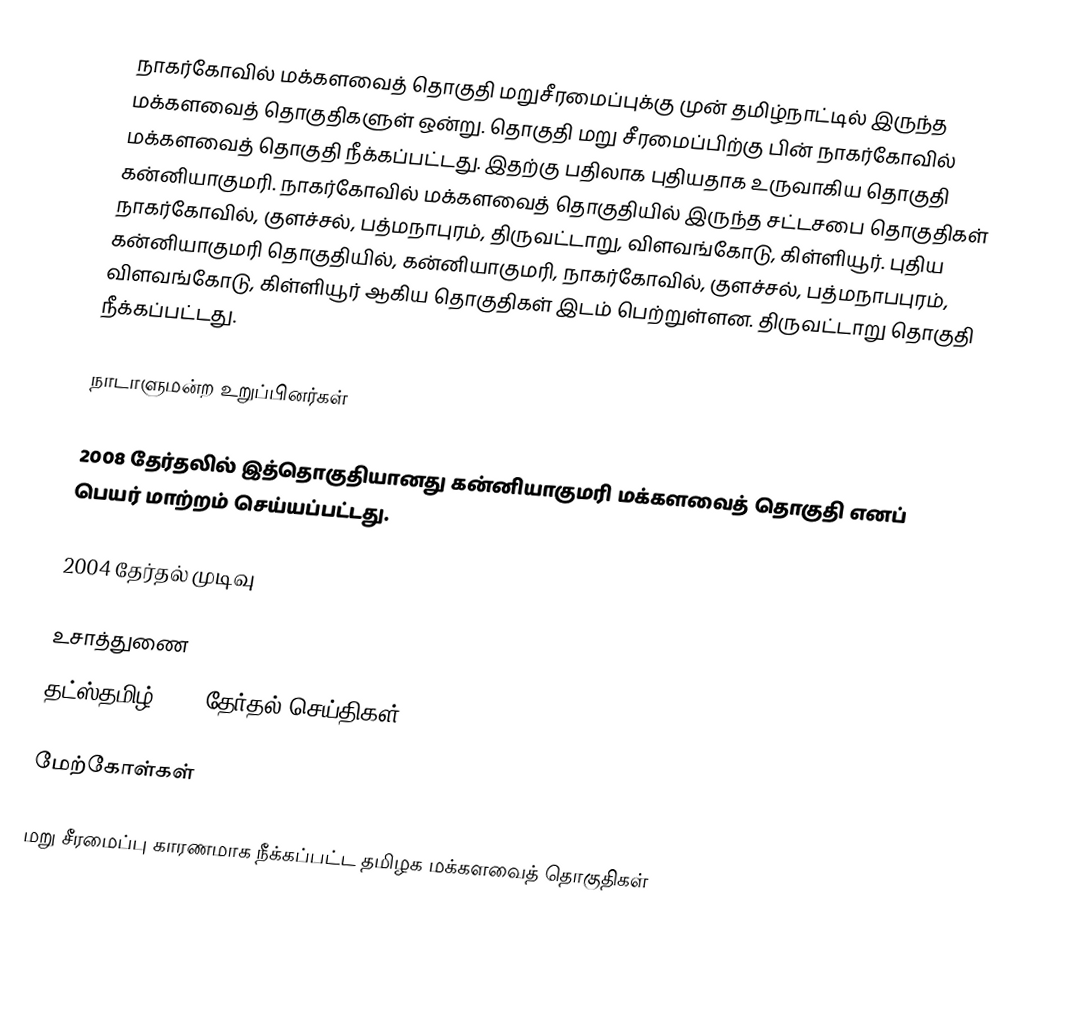
நாகர்கோவில் மக்களவைத் தொகுதி மறுசீரமைப்புக்கு முன் தமிழ்நாட்டில் இருந்த மக்களவைத் தொகுதிகளுள் ஒன்று. தொகுதி மறு சீரமைப்பிற்கு பின் நாகர்கோவில் மக்களவைத் தொகுதி நீக்கப்பட்டது. இதற்கு பதிலாக புதியதாக உருவாகிய தொகுதி கன்னியாகுமரி. நாகர்கோவில் மக்களவைத் தொகுதியில் இருந்த சட்டசபை தொகுதிகள் நாகர்கோவில், குளச்சல், பத்மநாபுரம், திருவட்டாறு, விளவங்கோடு, கிள்ளியூர். புதிய கன்னியாகுமரி தொகுதியில், கன்னியாகுமரி, நாகர்கோவில், குளச்சல், பத்மநாபபுரம், விளவங்கோடு, கிள்ளியூர் ஆகிய தொகுதிகள் இடம் பெற்றுள்ளன. திருவட்டாறு தொகுதி நீக்கப்பட்டது.

நாடாளுமன்ற உறுப்பினர்கள்

2008 தேர்தலில் இத்தொகுதியானது கன்னியாகுமரி மக்களவைத் தொகுதி எனப் பெயர் மாற்றம் செய்யப்பட்டது.

2004 தேர்தல் முடிவு

உசாத்துணை
 தட்ஸ்தமிழ் 2009 தேர்தல் செய்திகள்

மேற்கோள்கள்

மறு சீரமைப்பு காரணமாக நீக்கப்பட்ட தமிழக மக்களவைத் தொகுதிகள்